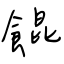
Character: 餛